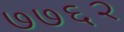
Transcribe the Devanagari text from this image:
७७६२